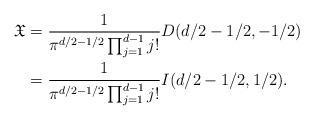
LaTeX: \begin{align*}\mathfrak{X} & = \frac{1}{\pi^{d/2-1/2} \prod_{j=1}^{d-1} j!} D(d/2 - 1/2, -1/2) \\& = \frac{1}{\pi^{d/2-1/2} \prod_{j=1}^{d-1} j!} I(d/2 - 1/2, 1/2).\end{align*}